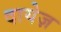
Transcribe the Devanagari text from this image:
दायेज़